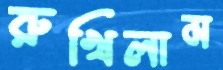
রুখিলাম